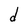
Character: d